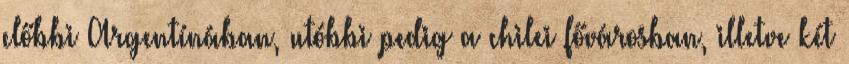
előbbi Argentí­nában, utóbbi pedig a chilei fővárosban, illetve két